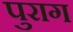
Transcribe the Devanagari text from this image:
पुराग